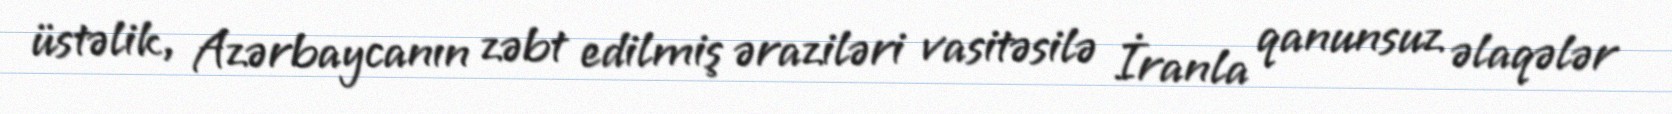
üstəlik, Azərbaycanın zəbt edilmiş əraziləri vasitəsilə İranla qanunsuz əlaqələr